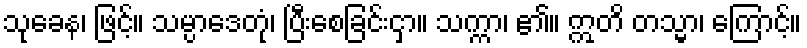
သုခေန၊ ဖြင့်။ သမ္ပာဒေတုံ၊ ပြီးစေခြင်းငှာ။ သက္ကာ၊ ၏။ ဣတိ တသ္မာ၊ ကြောင့်။